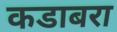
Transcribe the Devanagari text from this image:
कडाबरा